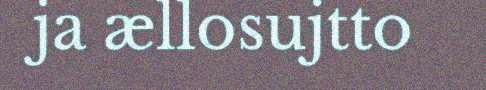
ja ællosujtto